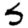
Digit: 5